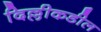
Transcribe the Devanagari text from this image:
दिल्लीकडील